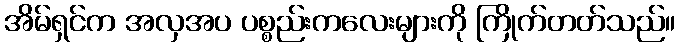
အိမ်ရှင်က အလှအပ ပစ္စည်းကလေးများကို ကြိုက်တတ်သည်။